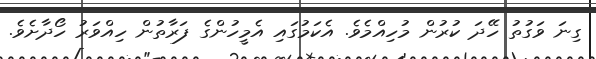
ގިނަ ވަގުތު ހޭދަ ކުރުން މުހިއްމެވެ. އެކަމުގައި އެމީހުންގެ ފަރާތުން ހިއްވަރު ހޯދާށެވެ.